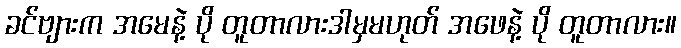
ခင်ဗျားက အမေနဲ့ ပို တူတာလားဒါမှမဟုတ် အဖေနဲ့ ပို တူတာလား။